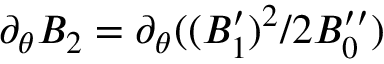
\partial _ { \theta } B _ { 2 } = \partial _ { \theta } ( ( B _ { 1 } ^ { \prime } ) ^ { 2 } / 2 B _ { 0 } ^ { \prime \prime } )